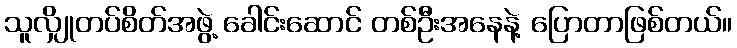
သူလျှိုတပ်စိတ်အဖွဲ့ ခေါင်းဆောင် တစ်ဦးအနေနဲ့ ပြောတာဖြစ်တယ်။